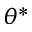
\theta ^ { * }